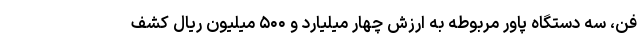
فن، سه دستگاه پاور مربوطه به ارزش چهار میلیارد و ۵۰۰ میلیون ریال کشف